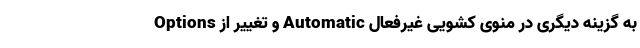
Options و تغییر از Automatic به گزینه دیگری در منوی کشویی غیرفعال